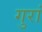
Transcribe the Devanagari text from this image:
गुरां